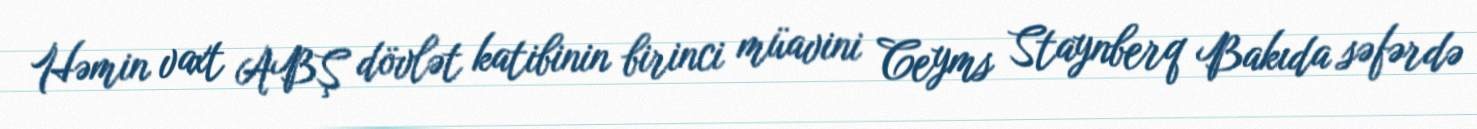
Həmin vaxt ABŞ dövlət katibinin birinci müavini Ceyms Staynberq Bakıda səfərdə